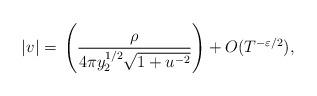
LaTeX: \begin{align*}|v| = \, \left(\frac{\rho}{4\pi y_2^{1/2} \sqrt{1+u^{-2}}}\right) + O(T^{-\varepsilon/2}), \end{align*}